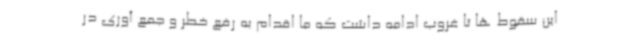
این سقوط ها تا غروب ادامه داشت که ما اقدام به رفع خطر و جمع آوری در